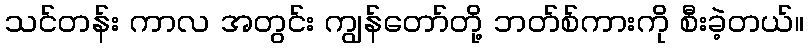
သင်တန်း ကာလ အတွင်း ကျွန်တော်တို့ ဘတ်စ်ကားကို စီးခဲ့တယ်။